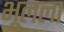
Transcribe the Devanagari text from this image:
भूलला